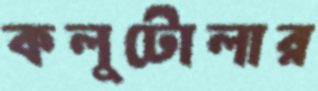
কলুটোলার